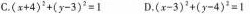
C.$$( x + 4 ) ^ { 2 } + ( y - 3 ) ^ { 2 } = 1 $$ D.$$( x - 3 ) ^ { 2 } + ( x - 4 ) ^ { 2 } = 1$$